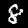
Digit: 8